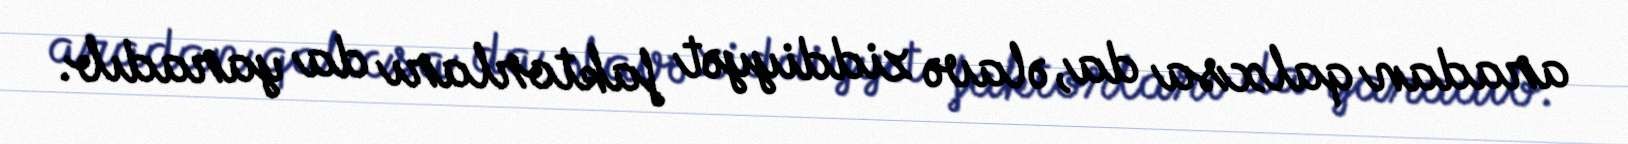
aradan qalxsa da, əlavə ziddiyyət faktorları da yaradıb.